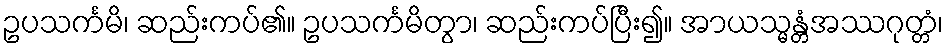
ဥပသင်္ကမိ၊ ဆည်းကပ်၏။ ဥပသင်္ကမိတွာ၊ ဆည်းကပ်ပြီး၍။ အာယသ္မန္တံအဿဂုတ္တံ၊